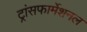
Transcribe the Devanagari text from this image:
ट्रांसफार्मेशनल